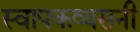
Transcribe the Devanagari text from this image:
स्वापकव्यसनी